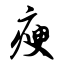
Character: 瘐